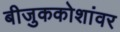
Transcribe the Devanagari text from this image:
बीजुककोशांवर